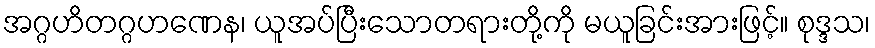
အဂ္ဂဟိတဂ္ဂဟဏေန၊ ယူအပ်ပြီးသောတရားတို့ကို မယူခြင်းအားဖြင့်။ စုဒ္ဒသ၊